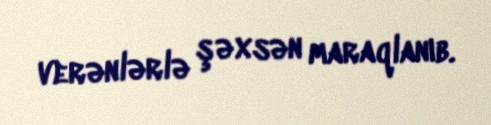
verənlərlə şəxsən maraqlanıb.